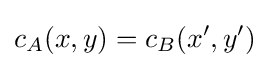
c_{A}(x,y)=c_{B}(x',y')